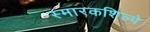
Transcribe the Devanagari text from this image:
स्मारकशिल्पे